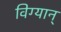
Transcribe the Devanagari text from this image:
विग्यान्